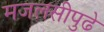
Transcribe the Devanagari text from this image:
मजलसीपुढे